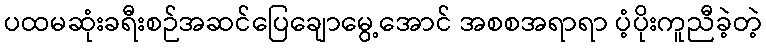
ပထမဆုံးခရီးစဉ်အဆင်ပြေချောမွေ့အောင် အစစအရာရာ ပံ့ပိုးကူညီခဲ့တဲ့